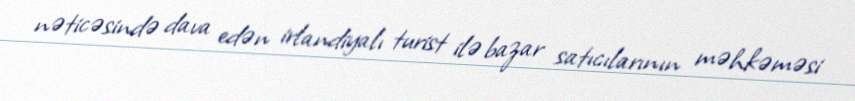
nəticəsində dava edən irlandiyalı turist ilə bazar satıcılarının məhkəməsi